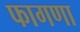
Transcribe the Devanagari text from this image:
फागणा